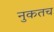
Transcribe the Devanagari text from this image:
नुकतच